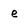
Character: e